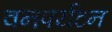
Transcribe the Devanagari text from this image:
वनपर्यटन